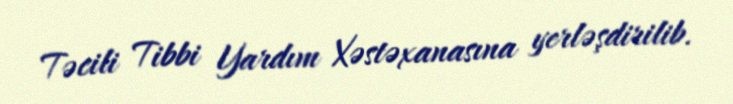
Təcili Tibbi Yardım Xəstəxanasına yerləşdirilib.